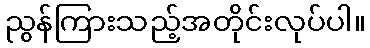
ညွန်ကြားသည့်အတိုင်းလုပ်ပါ။